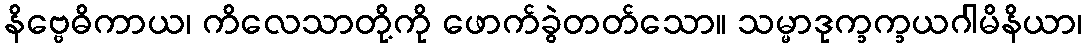
နိဗ္ဗေဓိကာယ၊ ကိလေသာတို့ကို ဖောက်ခွဲတတ်သော။ သမ္မာဒုက္ခက္ခယဂါမိနိယာ၊